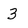
Character: 3